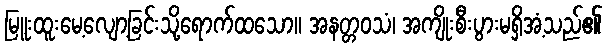
မြူးထူးမေ့လျော့ခြင်းသို့ရောက်ထသော။ အနတ္တဝသံ၊ အကျိုးစီးပွားမရှိအံ့သည်၏